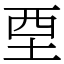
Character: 垔